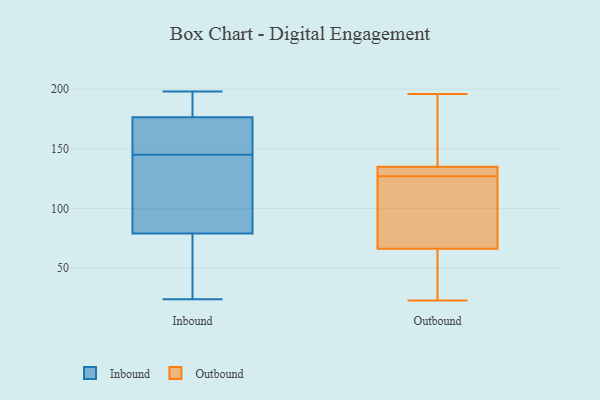
{"axis": {"x": "Website Visitors", "y": "Value"}, "legend": ["Inbound", "Outbound"], "data": [{"x": "", "y": 137, "type": "Inbound"}, {"x": "", "y": 178, "type": "Inbound"}, {"x": "", "y": 32, "type": "Inbound"}, {"x": "", "y": 24, "type": "Inbound"}, {"x": "", "y": 182, "type": "Inbound"}, {"x": "", "y": 175, "type": "Inbound"}, {"x": "", "y": 143, "type": "Inbound"}, {"x": "", "y": 87, "type": "Inbound"}, {"x": "", "y": 102, "type": "Inbound"}, {"x": "", "y": 47, "type": "Inbound"}, {"x": "", "y": 198, "type": "Inbound"}, {"x": "", "y": 147, "type": "Inbound"}, {"x": "", "y": 163, "type": "Inbound"}, {"x": "", "y": 185, "type": "Inbound"}, {"x": "", "y": 165, "type": "Inbound"}, {"x": "", "y": 71, "type": "Inbound"}, {"x": "", "y": 37, "type": "Outbound"}, {"x": "", "y": 23, "type": "Outbound"}, {"x": "", "y": 196, "type": "Outbound"}, {"x": "", "y": 73, "type": "Outbound"}, {"x": "", "y": 134, "type": "Outbound"}, {"x": "", "y": 160, "type": "Outbound"}, {"x": "", "y": 32, "type": "Outbound"}, {"x": "", "y": 68, "type": "Outbound"}, {"x": "", "y": 131, "type": "Outbound"}, {"x": "", "y": 154, "type": "Outbound"}, {"x": "", "y": 77, "type": "Outbound"}, {"x": "", "y": 101, "type": "Outbound"}, {"x": "", "y": 131, "type": "Outbound"}, {"x": "", "y": 133, "type": "Outbound"}, {"x": "", "y": 61, "type": "Outbound"}, {"x": "", "y": 127, "type": "Outbound"}, {"x": "", "y": 138, "type": "Outbound"}]}